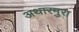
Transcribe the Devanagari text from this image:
अथारमुरा